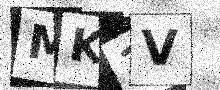
Text: MK1V